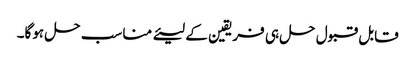
قابل قبول حل ہی فریقین کے لیئے مناسب حل ہوگا۔